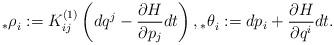
LaTeX: \begin{align*}{_{*}\rho}_{i}:=K^{(1)}_{ij}\left(dq^{j}-\frac{\partial H}{\partial p_{j}}dt\right), {_{*}\theta}_{i}:=dp_{i}+\frac{\partial H}{\partial q^{i}}dt.\end{align*}